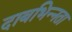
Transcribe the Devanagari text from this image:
दाबभिन्नता